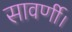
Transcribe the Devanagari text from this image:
सावर्णी।